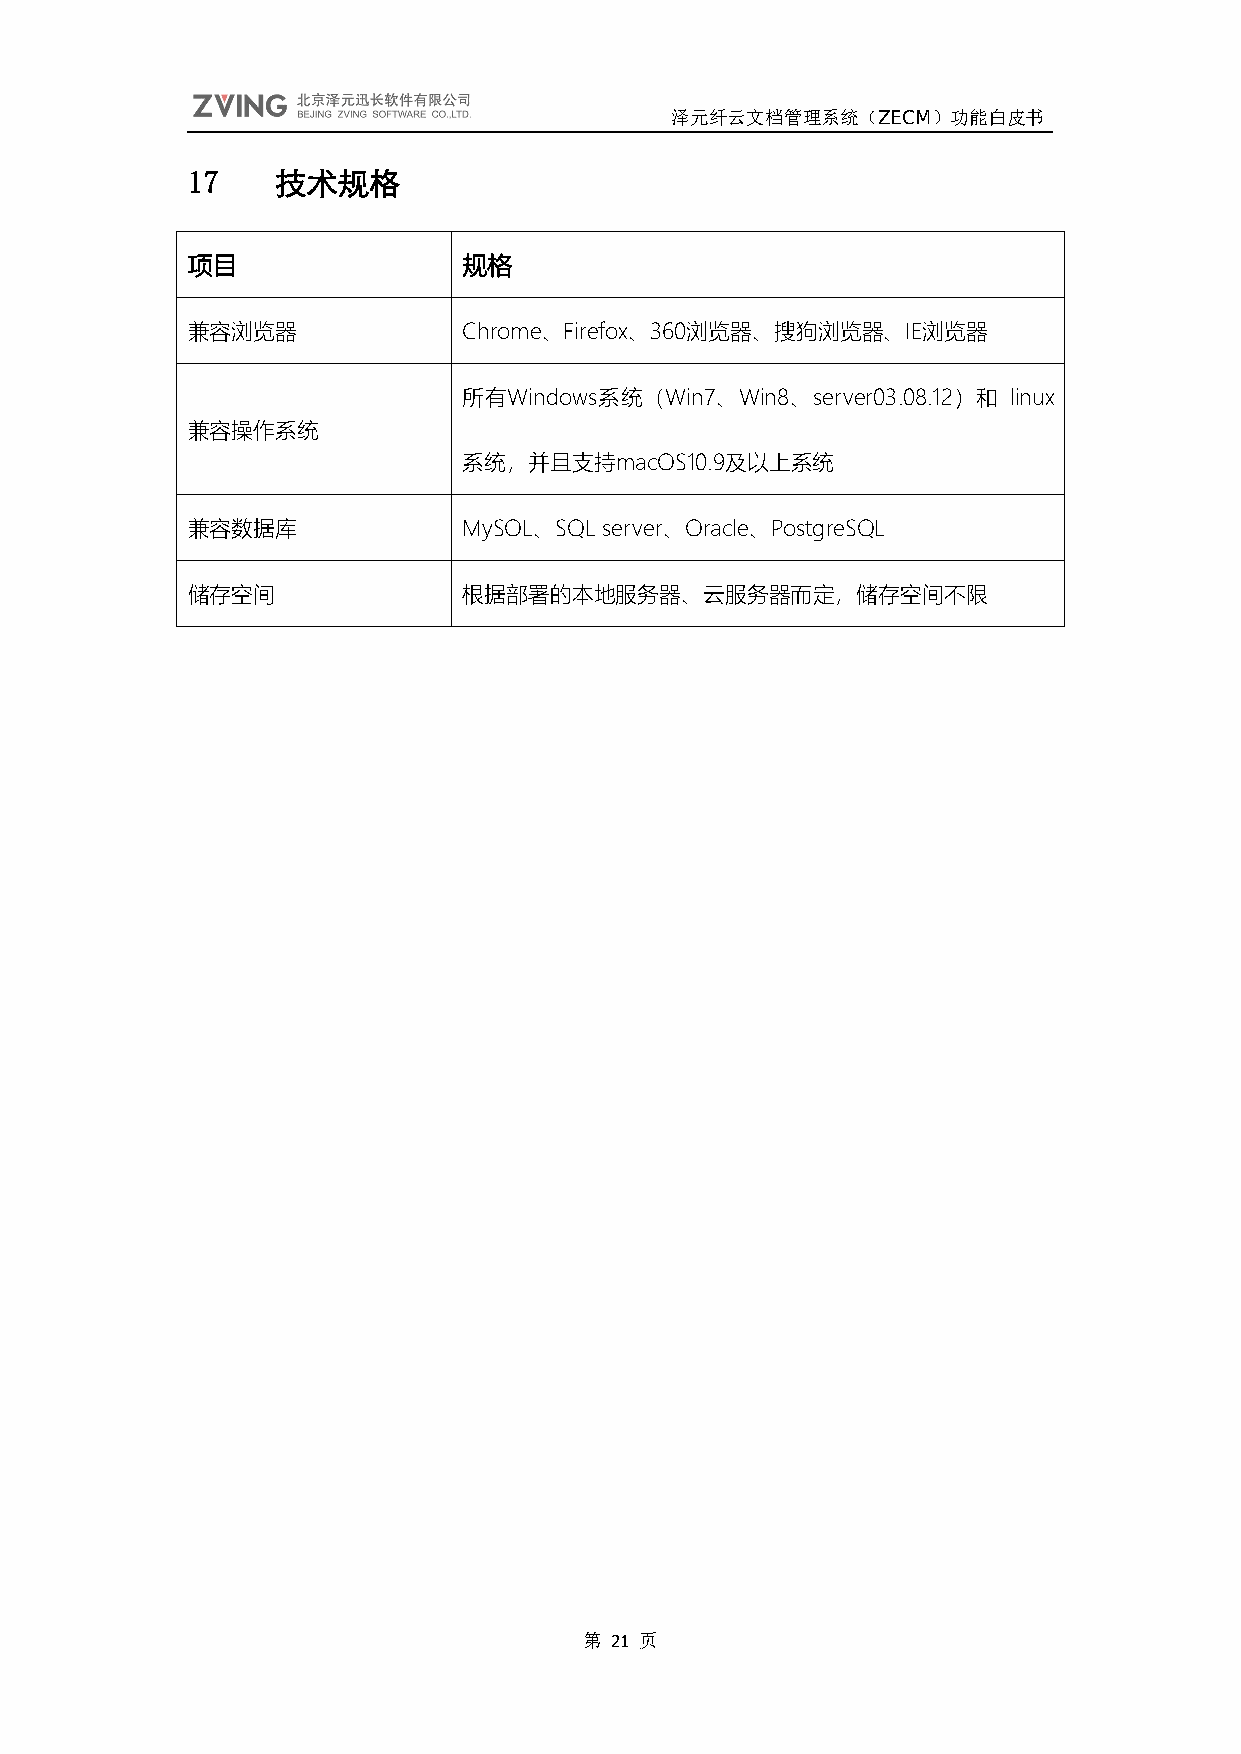
泽元纤云文档管理系统（ZECM）功能白皮书
 17    技术规格
 项目                 规格
 兼容浏览器              Chrome、Firefox、360浏览器、搜狗浏览器、IE浏览器
 所有Windows系统（Win7、Win8、server03.08.12）和 linux
 兼容操作系统
 系统，并且支持macOS10.9及以上系统
 兼容数据库              MySOL、SQL server、Oracle、PostgreSQL
 储存空间               根据部署的本地服务器、云服务器而定，储存空间不限
 第 21 页